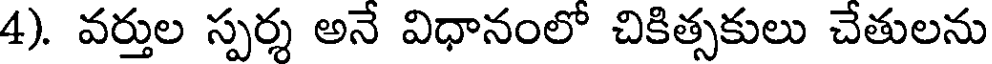
4). వర్తుల స్పర్శ అనే విధానంలో చికిత్సకులు చేతులను